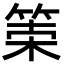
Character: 𥮮